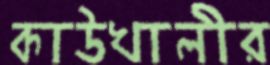
কাউখালীর